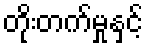
တိုးတက်မှုနှင့်